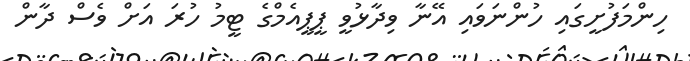
ހިންމަފުށީގައި ހުންނަވައި އޭނާ ވިދާޅުވީ ޕީޕީއެމްގެ ޓީމު ހުރަ އަށް ވެސް ދާން